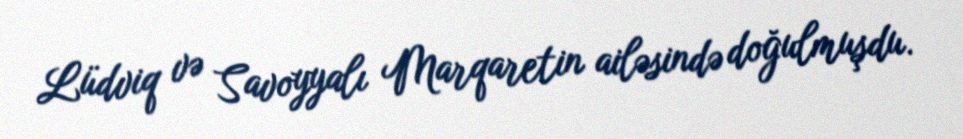
Lüdviq və Savoyyalı Marqaretin ailəsində doğulmuşdu.